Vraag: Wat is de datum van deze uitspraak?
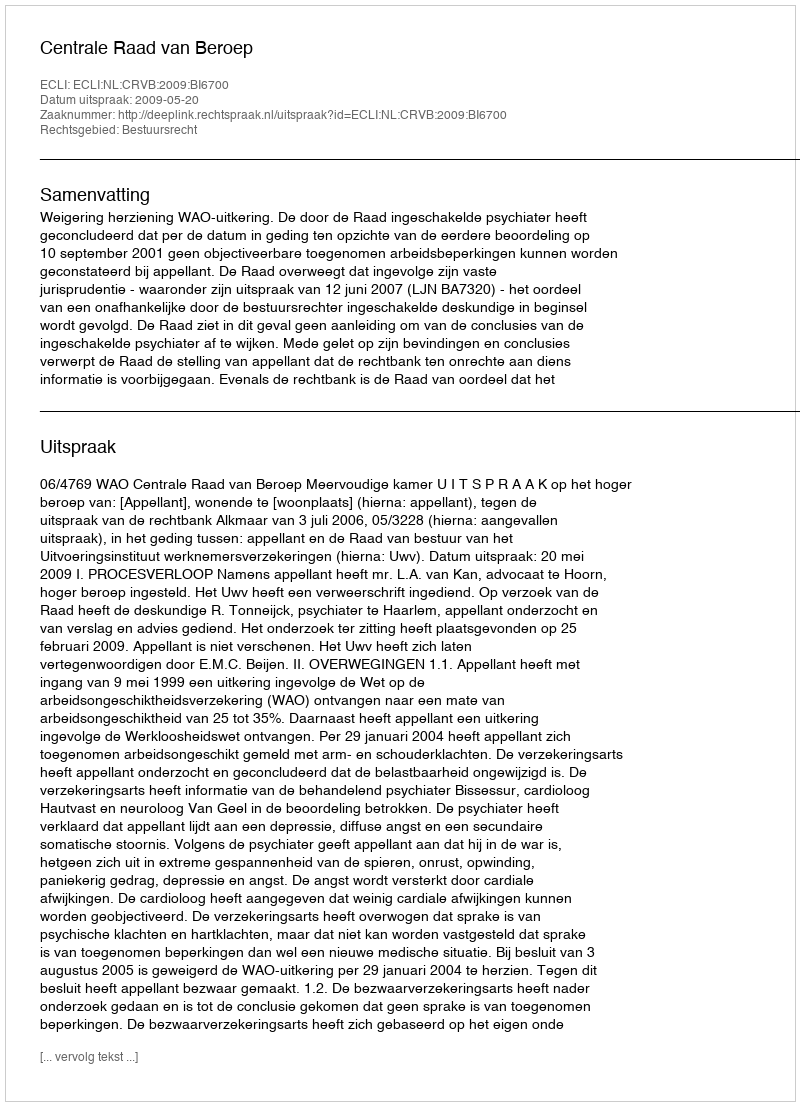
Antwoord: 2009-05-20